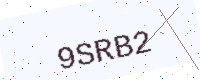
Text: 9SRB2